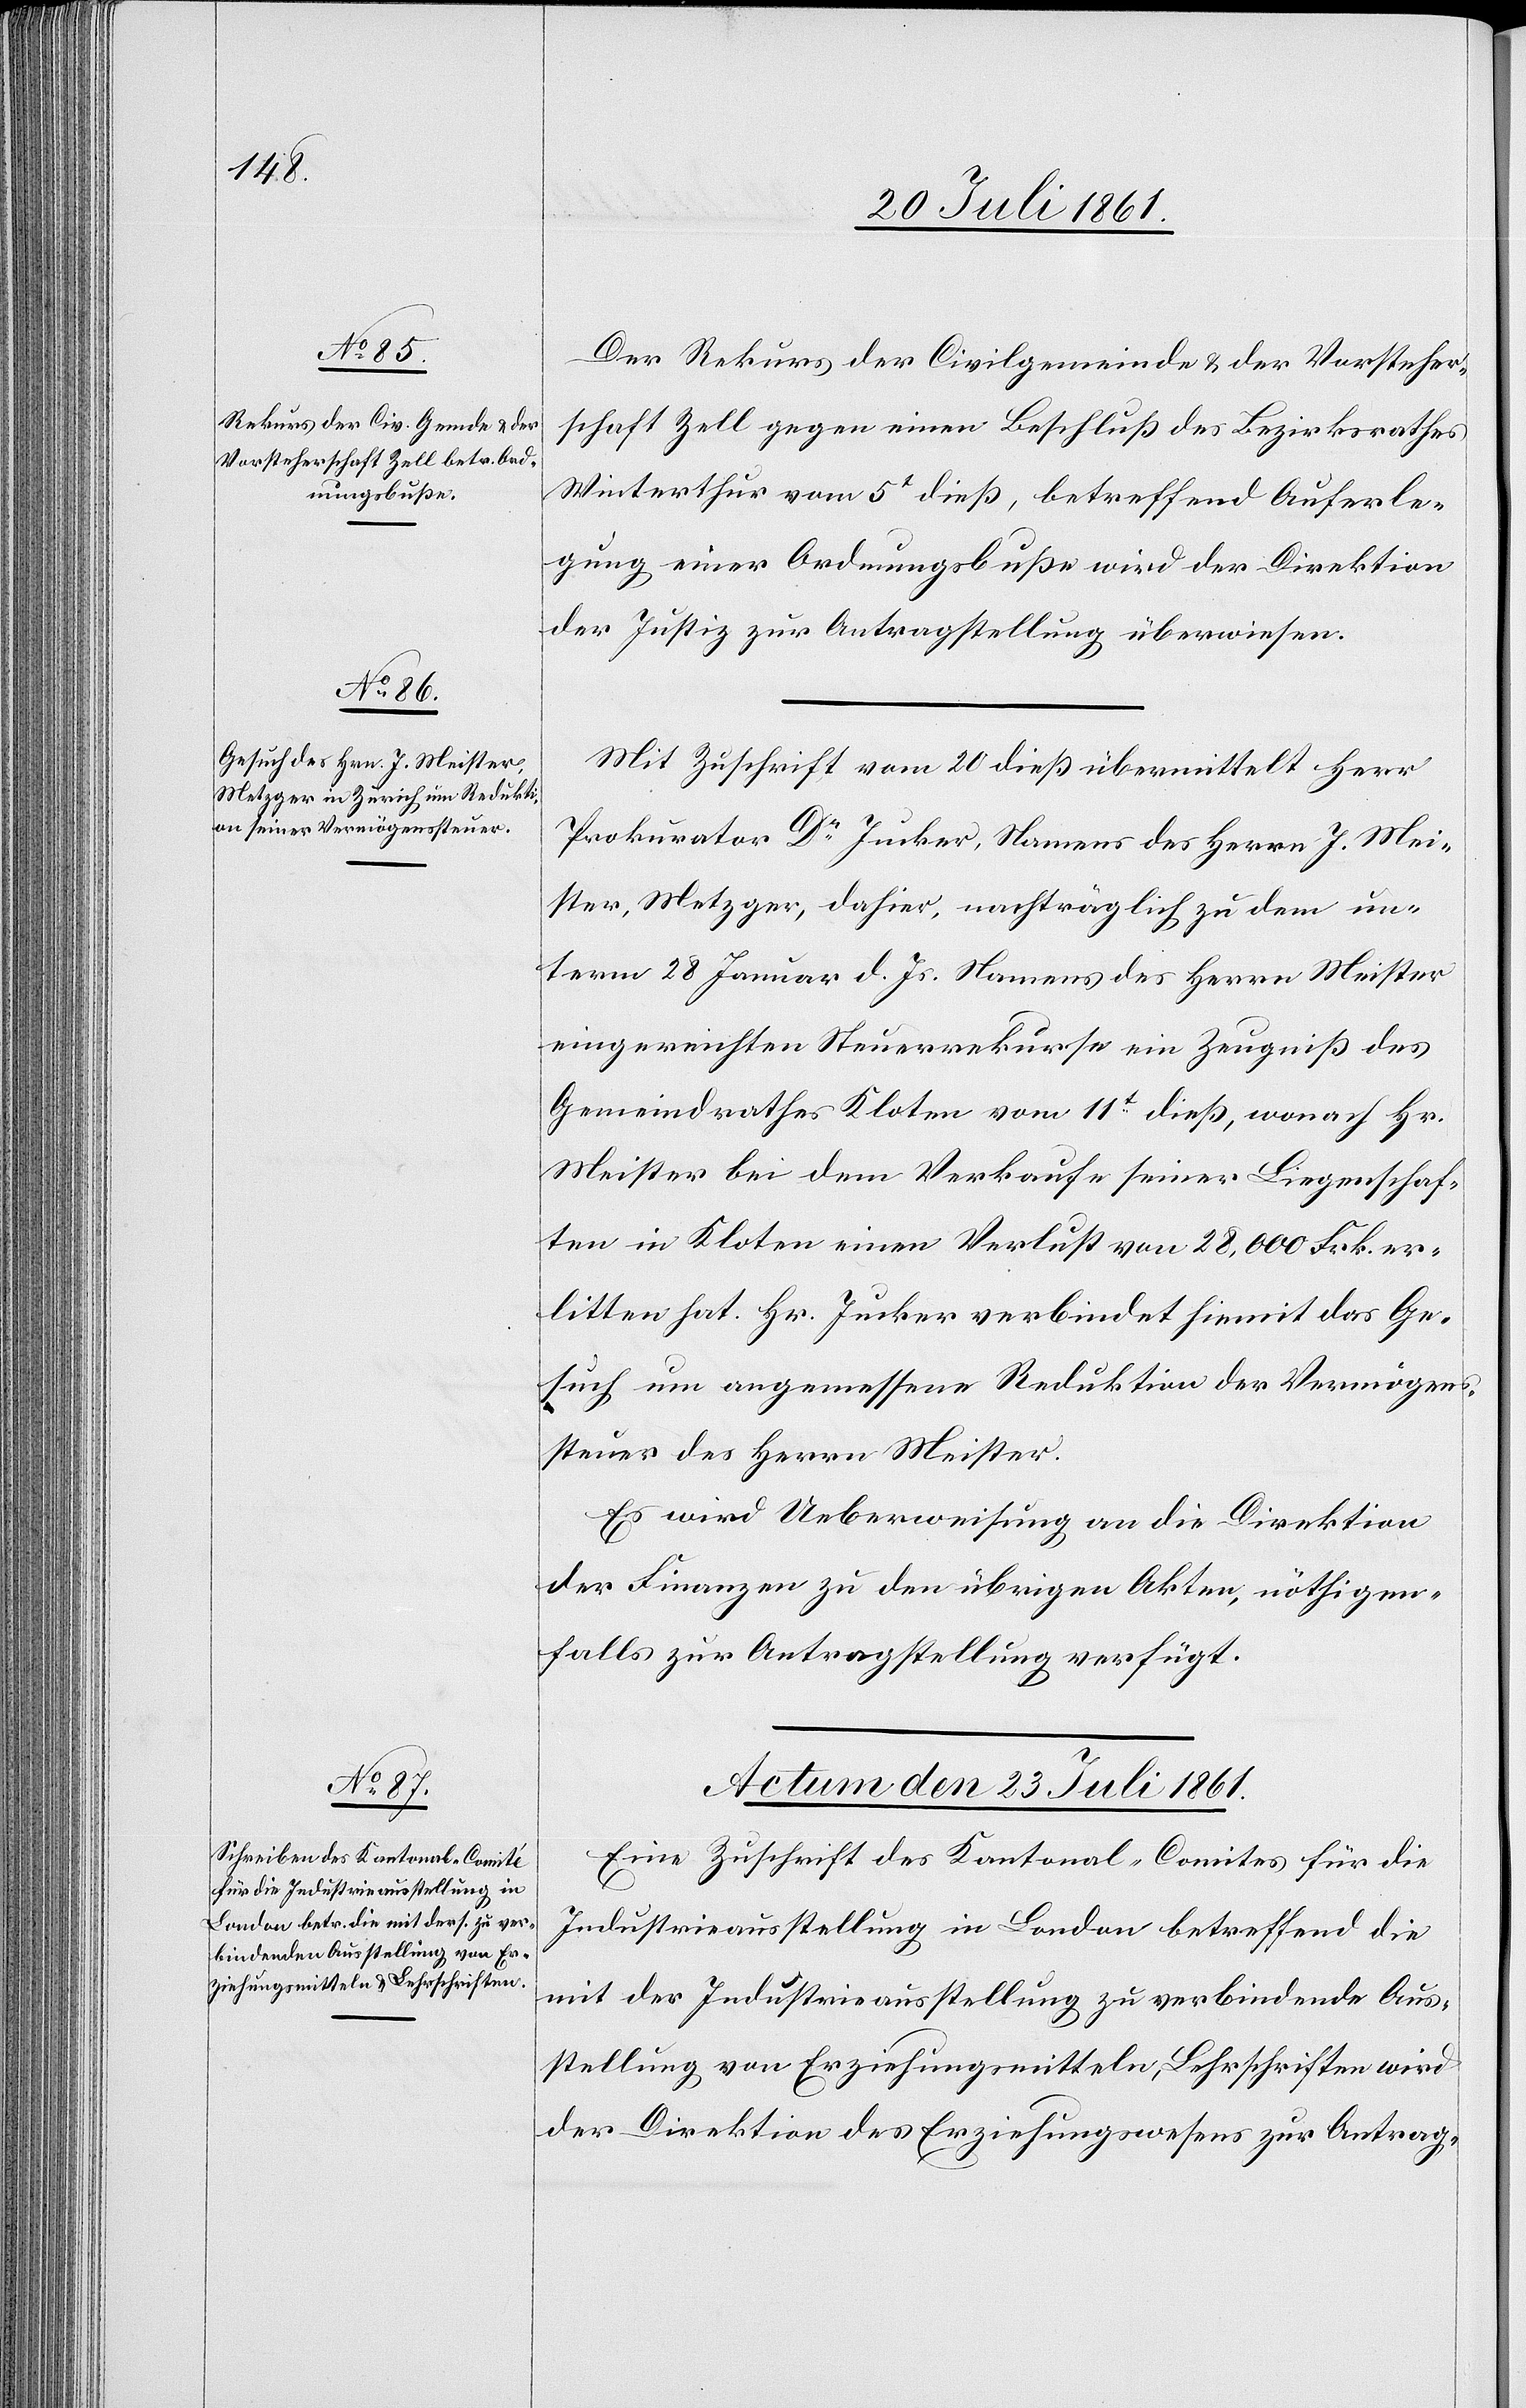
Der Rekurs der Civilgemeinde u. der Vorsteher¬
schaft Zell gegen einen Beschluß des Bezirksrathes
Winterthur vom 5t dieß, betreffend Auferle¬
gung einer Ordnungsbuße wird der Direktion
der Justiz zur Antragstellung überwiesen.
Mit Zuschrift vom 20 dieß übermittelt Herr
Prokurator Dr Jucker, Namens des Herrn J. Mei¬
ster, Metzger, dahier, nachträglich zu dem un¬
term 28 Januar d. Js. Namens des Herrn Meister
eingereichten Steuerrekurse ein Zeugniß des
Gemeindrathes Kloten vom 11t dieß, wonach Hr.
Meister bei dem Verkaufe seiner Liegenschaf¬
ten in Kloten einen Verlust von 28,000 Frk. er¬
litten hat. Hr. Jucker verbindet hiermit das Ge¬
such um angemessene Reduktion der Vermögens¬
steuer des Herrn Meister.
Es wird Ueberweisung an die Direktion
der Finanzen zu den übrigen Akten, nöthigen¬
falls zur Antragstellung verfügt.
Actum den 23 Juli 1861.
Eine Zuschrift des Kantonal-Comites für die
Industrieausstellung in London betreffend die
mit der Industrieausstellung zu verbindende Aus¬
stellung von Erziehungsmitteln, Lehrschriften wird
der Direktion des Erziehungswesens zur Antrag-